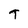
Character: T